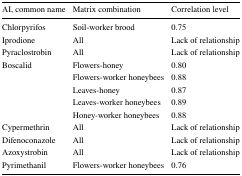
<table><thead><tr><td><b>AI, common name</b></td><td><b>Matrix combination</b></td><td><b>Correlation level</b></td></tr></thead><tbody><tr><td>Chlorpyrifos</td><td>Soil-worker brood</td><td>0.75</td></tr><tr><td>Iprodione</td><td>All</td><td>Lack of relationship</td></tr><tr><td>Pyraclostrobin</td><td>All</td><td>Lack of relationship</td></tr><tr><td rowspan="5">Boscalid</td><td>Flowers-honey</td><td>0.80</td></tr><tr><td>Flowers-worker honeybees</td><td>0.88</td></tr><tr><td>Leaves-honey</td><td>0.87</td></tr><tr><td>Leaves-worker honeybees</td><td>0.89</td></tr><tr><td>Honey-worker honeybees</td><td>0.88</td></tr><tr><td>Cypermethrin</td><td>All</td><td>Lack of relationship</td></tr><tr><td>Difenoconazole</td><td>All</td><td>Lack of relationship</td></tr><tr><td>Azoxystrobin</td><td>All</td><td>Lack of relationship</td></tr><tr><td>Pyrimethanil</td><td>Flowers-worker honeybees</td><td>0.76</td></tr></tbody></table>